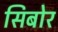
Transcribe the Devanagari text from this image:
सिबोर